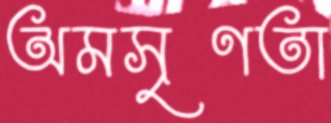
অমসৃণতা